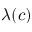
\lambda ( c )